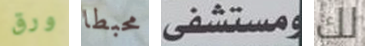
ورق محبطا ومستشفى لك